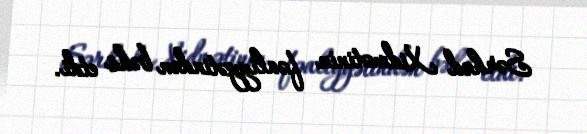
Sərhəd Xidmətinin fəaliyyətindən bəhs etdi.